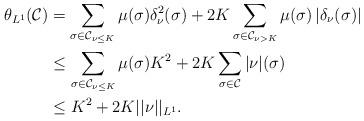
LaTeX: \begin{align*} \theta_{L^1}(\mathcal{C})&=\sum_{\sigma\in\mathcal{C}_{\nu\leq K}}\mu(\sigma)\delta_{\nu}^2(\sigma)+2K\sum_{\sigma\in\mathcal{C}_{\nu>K}}\mu(\sigma)\left|\delta_{\nu} (\sigma)\right|\\&\leq\sum_{\sigma\in\mathcal{C}_{\nu\leq K}}\mu(\sigma)K^2+2K\sum_{\sigma\in\mathcal{C}}|\nu|(\sigma)\\&\leq K^2+2K||\nu||_{L^1}. \end{align*}